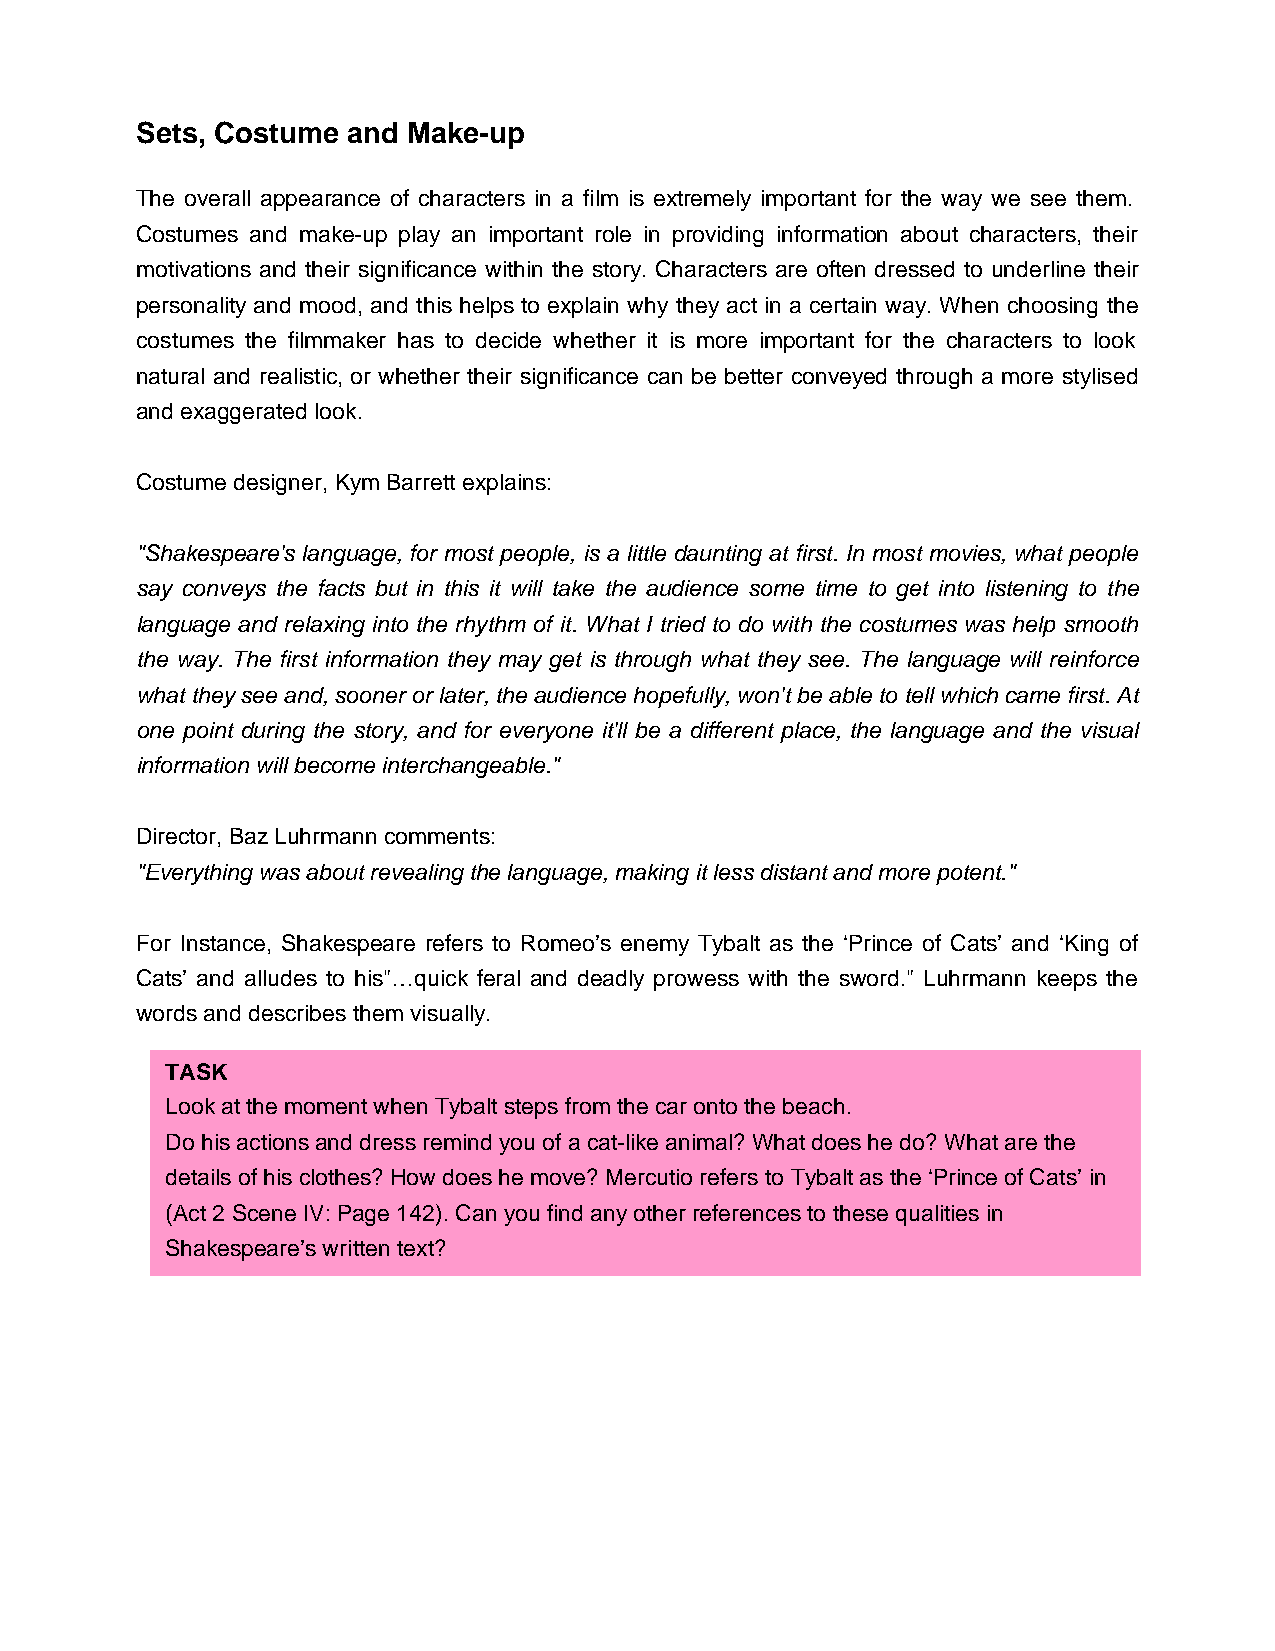
Sets, Costume and Make-up
 The overall appearance of characters in a film is extremely important for the way we see them.
 Costumes and make-up play an important role in providing information about characters, their
 motivations and their significance within the story. Characters are often dressed to underline their
 personality and mood, and this helps to explain why they act in a certain way. When choosing the
 costumes the filmmaker has to decide whether it is more important for the characters to look
 natural and realistic, or whether their significance can be better conveyed through a more stylised
 and exaggerated look.
 Costume designer, Kym Barrett explains:
 "Shakespeare's language, for most people, is a little daunting at first. In most movies, what people
 say conveys the facts but in this it will take the audience some time to get into listening to the
 language and relaxing into the rhythm of it. What I tried to do with the costumes was help smooth
 the way. The first information they may get is through what they see. The language will reinforce
 what they see and, sooner or later, the audience hopefully, won't be able to tell which came first. At
 one point during the story, and for everyone it'll be a different place, the language and the visual
 information will become interchangeable."
 Director, Baz Luhrmann comments:
 "Everything was about revealing the language, making it less distant and more potent."
 For Instance, Shakespeare refers to Romeo’s enemy Tybalt as the ‘Prince of Cats’ and ‘King of
 Cats’ and alludes to his"…quick feral and deadly prowess with the sword." Luhrmann keeps the
 words and describes them visually.
 TASK
 Look at the moment when Tybalt steps from the car onto the beach.
 Do his actions and dress remind you of a cat-like animal? What does he do? What are the
 details of his clothes? How does he move? Mercutio refers to Tybalt as the ‘Prince of Cats’ in
 (Act 2 Scene IV: Page 142). Can you find any other references to these qualities in
 Shakespeare’s written text?